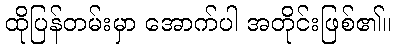
ထိုပြန်တမ်းမှာ အောက်ပါ အတိုင်းဖြစ်၏။